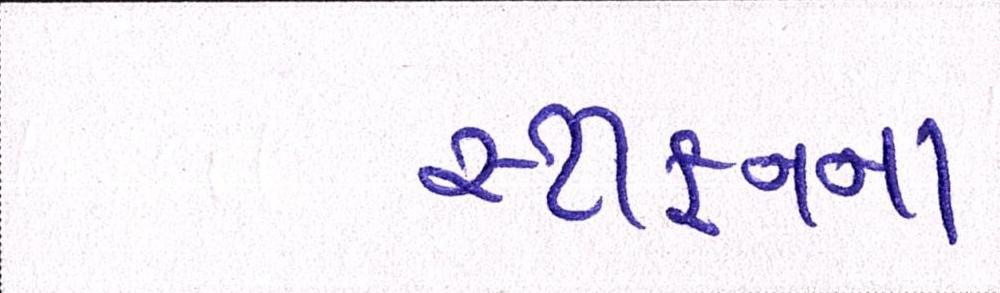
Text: સ્ટીફનના